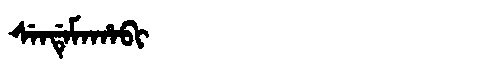
Manchu: ᠰᡝᠨᡩᡝᠮᠠᡥᠠᠪᡳ
Romanization: SENDEMAHABI